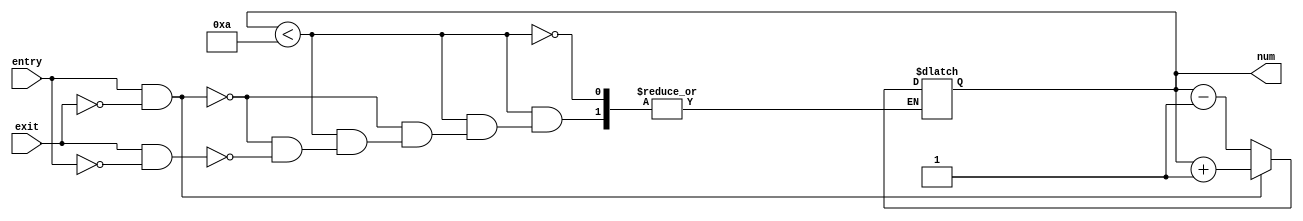
module parking (
    input entry,
    input exit,
    output reg [3:0] num
);
    // Declare a module named "parking" with input ports "entry" and "exit"
    // and an output register "num" of 4 bits wide.

    initial begin
        num = 4'b0101;
        // Initialize "num" with the binary value 0101 (decimal 5).
        // This value represents the initial parking spaces occupied.

        // Note: The "initial" block is executed only once at the beginning of simulation.
    end

    always @(entry, exit) begin
        // Create a combinational logic block that triggers whenever "entry" or "exit" changes.

        if (num < 4'b1010) begin
            // Check if the current value of "num" (occupied parking spaces) is less than 1010 (decimal 10).

            if (entry & !exit) begin
                // If a car enters (entry=1) and does not exit (exit=0), increment "num" by 1.
                num = num + 1;
            end
            else if (exit & !entry) begin
                // If a car exits (exit=1) and does not enter (entry=0), decrement "num" by 1.
                num = num - 1;
            end
        end
        // Note: The "always" block continuously monitors changes in "entry" and "exit".
        // The conditions inside the block determine whether to increment or decrement "num".
    end
endmodule

module tb ();
    // Declare a testbench module named "tb".

    reg entry, exit;
    // Declare two registers "entry" and "exit" for testbench inputs.

    wire [3:0] n;
    // Declare a wire "n" of 4 bits wide for connecting to the "num" output of the "parking" module.

    parking test(entry, exit, n);
    // Instantiate the "parking" module with the specified inputs and connect its output to "n".

    initial begin
        $dumpfile("out4.vcd");
        $dumpvars(0, tb);
        // Specify VCD file for waveform dumping and associate it with the testbench module.

        // Initialize inputs
        entry = 0;
        exit = 0;
        // Set initial values for "entry" and "exit" (both are initially 0).

        // Apply test vectors
        #10 entry = 1; exit = 0;  // Car enters
        #10 entry = 0; exit = 0;  // No activity
        #10 entry = 0; exit = 1;  // Car exits
        #10 entry = 1; exit = 1;  // Invalid condition
        #10 entry = 0; exit = 0;  // No activity

        // End the simulation
        #10 $finish;
        // Terminate the simulation after a delay of 10 time units.
    end
endmodule